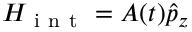
H _ { \mathrm { ~ i ~ n ~ t ~ } } = A ( t ) \hat { p } _ { z }